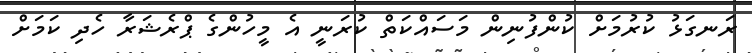
ރަނގަޅު ކުރުމަށް ކުންފުނިން މަސައްކަތް ކުރަނީ އެ މީހުންގެ ޕްރެޝަރާ ހެދި ކަމަށް